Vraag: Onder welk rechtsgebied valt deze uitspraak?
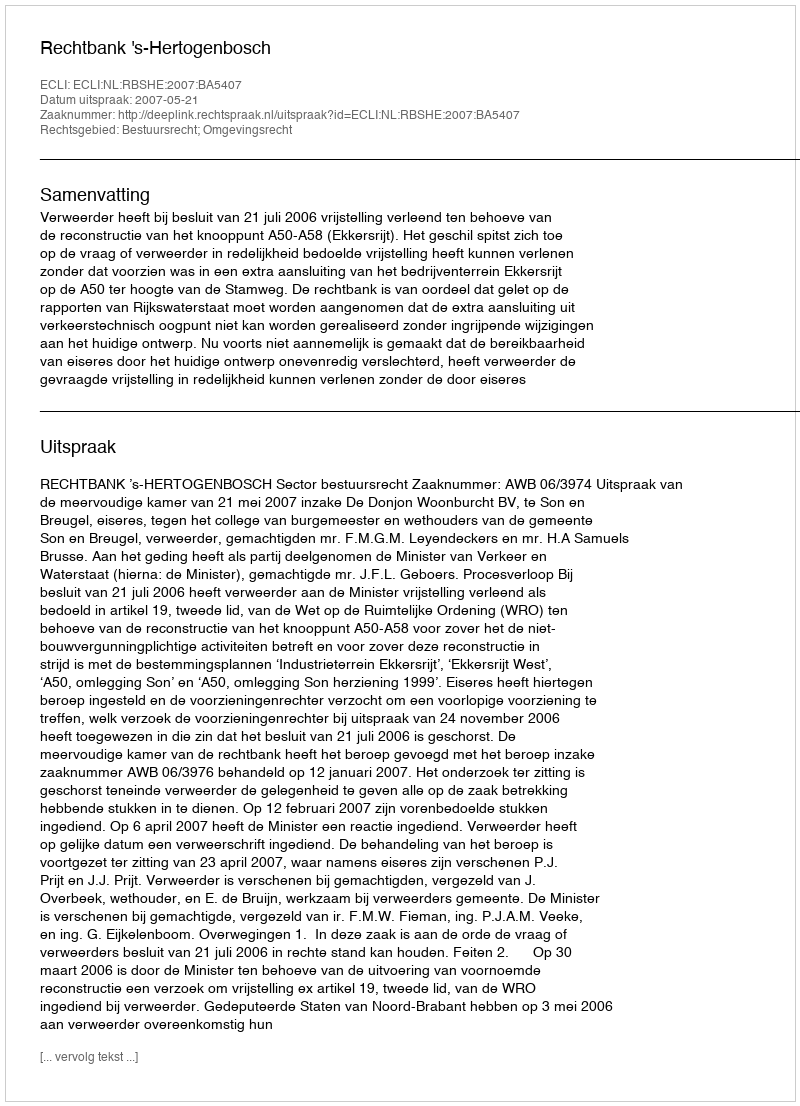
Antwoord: Bestuursrecht; Omgevingsrecht